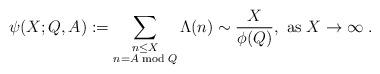
LaTeX: \begin{align*} \psi(X;Q,A) := \sum_{\substack{n\leq X\\ n=A\bmod Q}} \Lambda(n) \sim \frac{X}{\phi(Q)},\mbox{ as }X\to \infty \;.\end{align*}